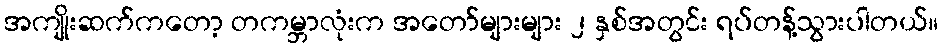
အကျိုးဆက်ကတော့ တကမ္ဘာလုံးက အတော်များများ ၂ နှစ်အတွင်း ရပ်တန့်သွားပါတယ်။